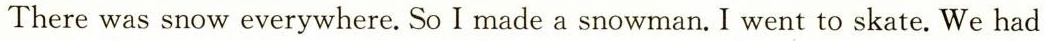
There was snow everywhere. So I made a snowman. I went to skate. We had